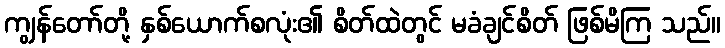
ကျွန်တော်တို့ နှစ်ယောက်စလုံး၏ စိတ်ထဲတွင် မခံချင်စိတ် ဖြစ်မိကြ သည်။